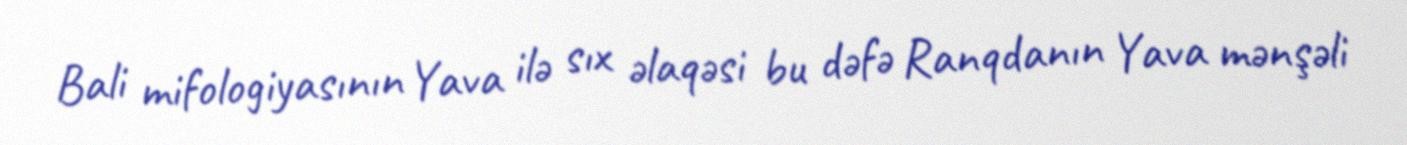
Bali mifologiyasının Yava ilə sıx əlaqəsi bu dəfə Ranqdanın Yava mənşəli